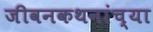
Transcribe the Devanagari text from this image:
जीवनकथनांच्या